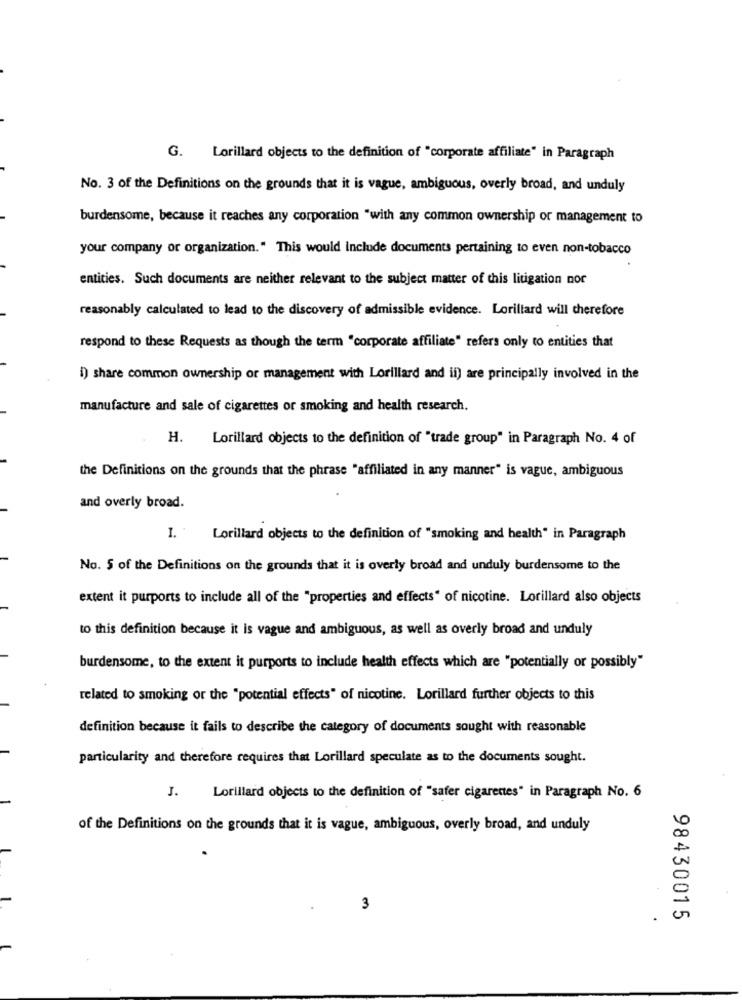
G. Lorillard objects to the definition of "corporate affiliate" in Paragraph
No. 3 of the Definitions on the grounds that it is vague, ambiguous, overly broad, and unduly
burdensome, because it reaches any corporation "with any common ownership or management to
your company or organization." This would include documents pertaining to even non-tobacco
entities. Such documents are neither relevant to the subject matter of this litigation nor
reasonably calculated to lead to the discovery of admissible evidence. Lorillard will therefore
respond to these Requests as though the term "corporate affiliate" refers only to entities that
1) share common ownership or management with Lorillard and ii) are principally involved in the
manufacture and sale of cigarettes or smoking and health research.
H. Lorillard objects to the definition of "trade group" in Paragraph No. 4 of
the Definitions on the grounds that the phrase "affiliated in any manner" is vague, ambiguous
and overly broad.
I. Lorillard objects to the definition of "smoking and health" in Paragraph
No. 5 of the Definitions on the grounds that it is overly broad and unduly burdensome to the
extent it purports to include all of the "properties and effects" of nicotine. Lorillard also objects
to this definition because it is vague and ambiguous, as well as overly broad and unduly
burdensome, to the extent it purports to include health effects which are "potentially or possibly"
related to smoking or the "potential effects" of nicotine. Lorillard further objects to this
definition because it fails to describe the category of documents sought with reasonable
particularity and therefore requires that Lorillard speculate as to the documents sought.
J. Lorillard objects to the definition of "safer cigarettes" in Paragraph No. 6
of the Definitions on the grounds that it is vague, ambiguous, overly broad, and unduly
3
98430015